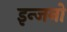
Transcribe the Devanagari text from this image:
इन्जनो